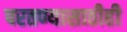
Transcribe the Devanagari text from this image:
परतण्यासाठीही